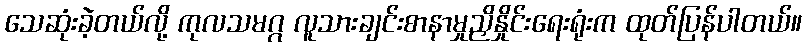
သေဆုံးခဲ့တယ်လို့ ကုလသမဂ္ဂ လူသားချင်းစာနာမှုညှိနှိုင်းရေးရုံးက ထုတ်ပြန်ပါတယ်။